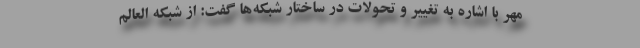
مهر با اشاره به تغییر و تحولات در ساختار شبکه‌ها گفت: از شبکه العالم